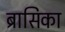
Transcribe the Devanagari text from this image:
ब्रासिका